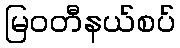
မြဝတီနယ်စပ်